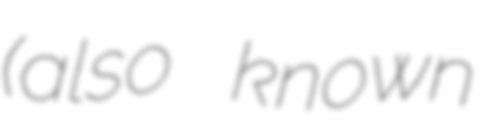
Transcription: (also known